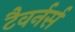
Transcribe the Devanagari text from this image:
टैवर्नर्स